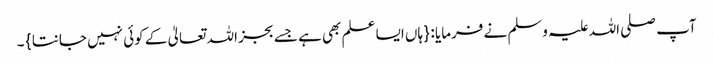
آپ صلی اللہ علیہ وسلم نے فرمایا : { ہاں ایسا علم بھی ہے جسے بجز اللہ تعالیٰ کے کوئی نہیں جانتا } ۔